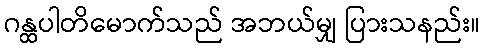
ဂန္ထပါတိမောက်သည် အဘယ်မျှ ပြားသနည်း။